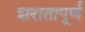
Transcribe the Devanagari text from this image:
शरातापूर्ण